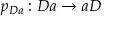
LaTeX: p _ { D a } : D a \rightarrow a D